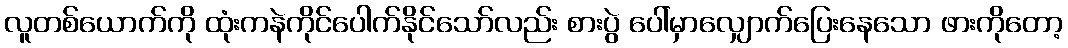
လူတစ်ယောက်ကို ထုံးကနဲကိုင်ပေါက်နိုင်သော်လည်း စားပွဲ ပေါ်မှာလျှောက်ပြေးနေသော ဖားကိုတော့